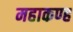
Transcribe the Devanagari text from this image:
महाकण्ह